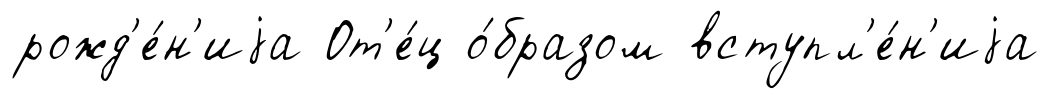
рожд'е́н'иjа От'е́ц о́бразом вступл'е́н'иjа